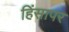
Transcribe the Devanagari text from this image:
हिंसापर